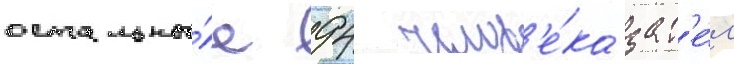
остальны́е 94 челов'е́ка зат'е́м